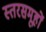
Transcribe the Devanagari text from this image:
स्तरसमूहों